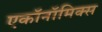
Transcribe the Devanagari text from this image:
एकॉनॉमिक्स